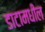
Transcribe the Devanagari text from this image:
डाटामधील